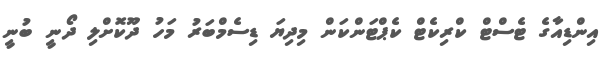
އިންޑިއާގެ ޓެސްޓް ކްރިކެޓް ކެޕްޓަންކަން މިދިޔަ ޑިސެމްބަރު މަހު ދޫކޮށްލި ދޯނީ ބުނީ